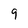
Character: 9